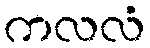
ကလလံ